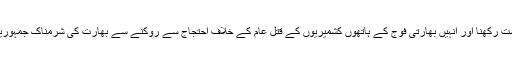
انہوںنے کہا کہ کشمیری رہنمائوں کو زیر حراست رکھنا اور انہیں بھارتی فوج کے ہاتھوں کشمیریوں کے قتل عام کے خلاف احتجاج سے روکنے سے بھارت کی شرمناک جمہوریت کی مضحکہ خیز حقیقت بے نقاب ہوگئی ہے۔